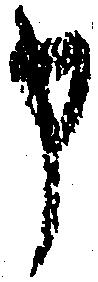
申